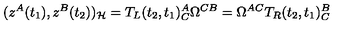
( z ^ { A } ( t _ { 1 } ) , z ^ { B } ( t _ { 2 } ) ) _ { \cal H } = T _ { L } ( t _ { 2 } , t _ { 1 } ) _ { C } ^ { A } \Omega ^ { C B } = \Omega ^ { A C } T _ { R } ( t _ { 2 } , t _ { 1 } ) _ { C } ^ { B }